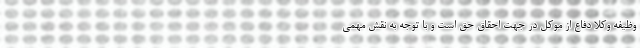
وظیفه وکلا دفاع از موکل در جهت احقاق حق است و با توجه به نقش مهمی